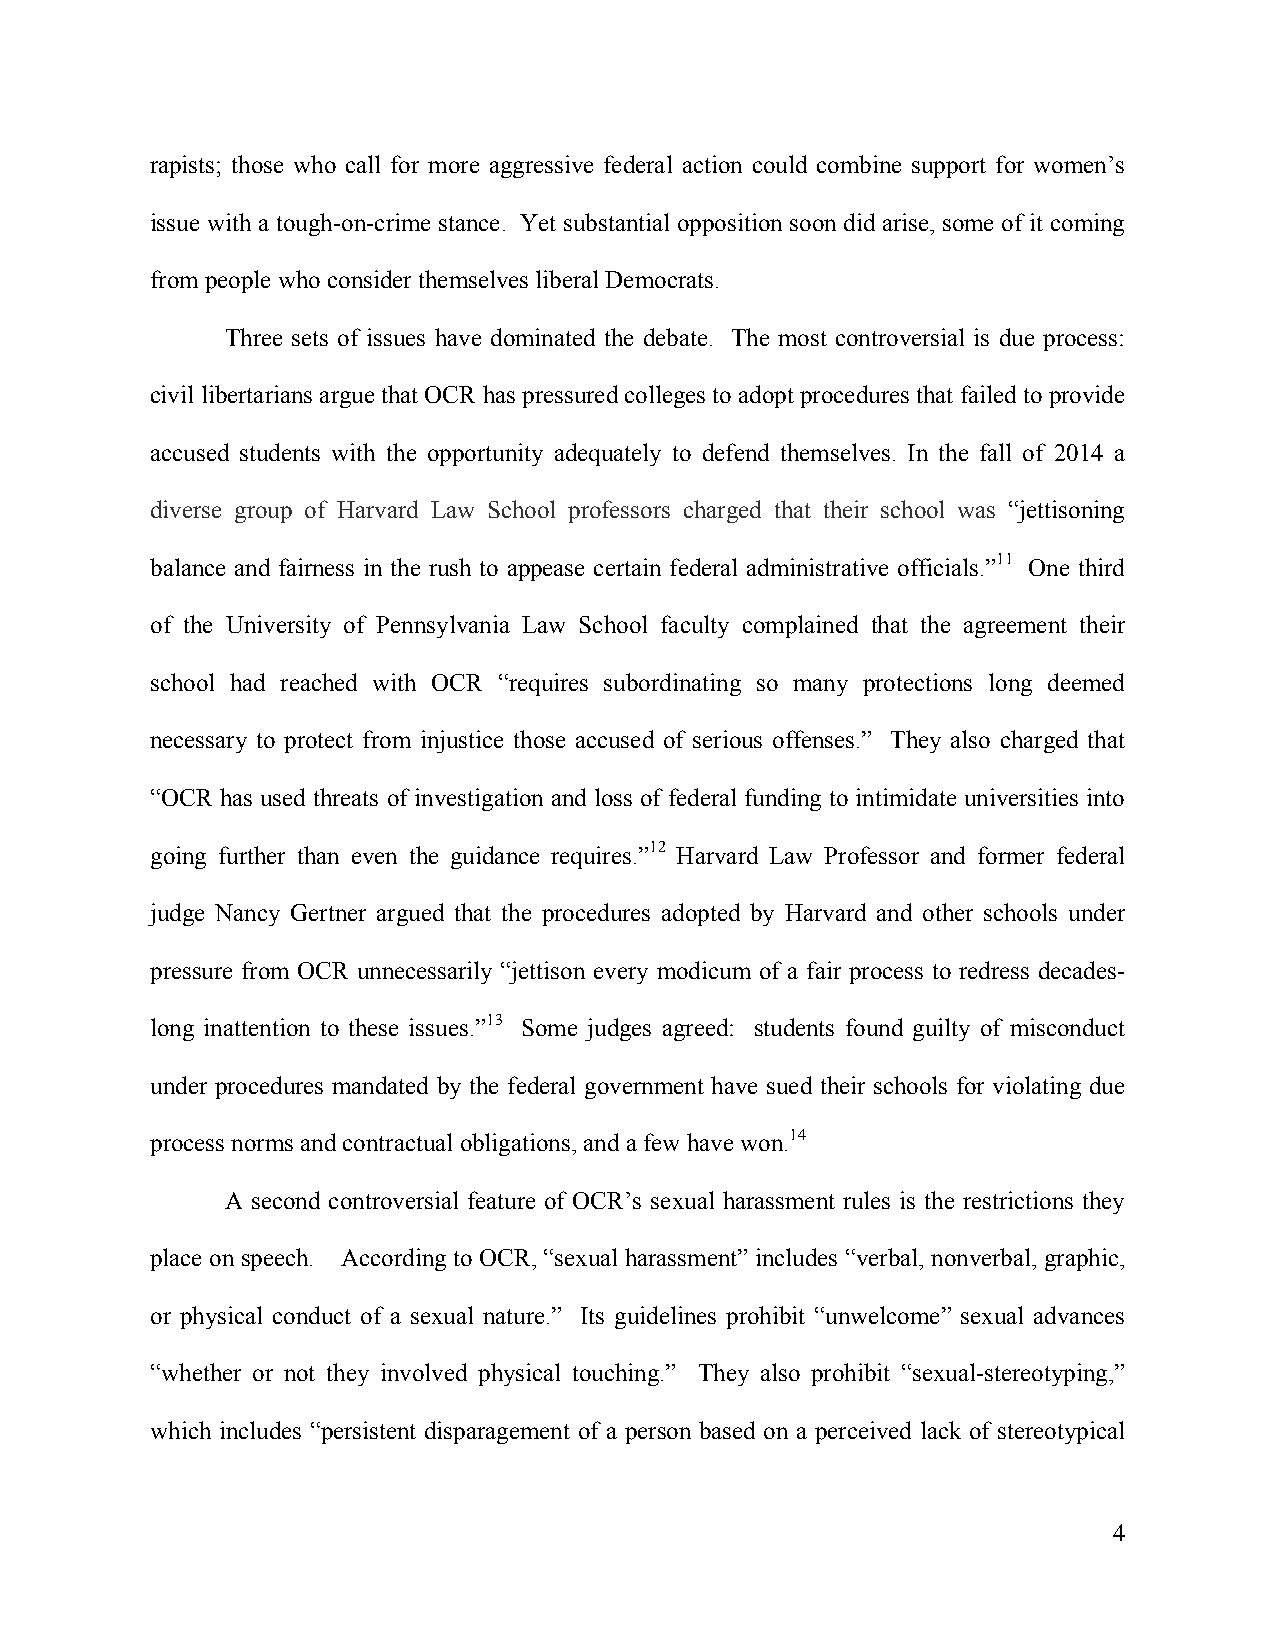
rapists; those who call for more aggressive federal action could combine support for women’s
 issue with a tough-on-crime stance. Yet substantial opposition soon did arise, some of it coming
 from people who consider themselves liberal Democrats.
 Three sets of issues have dominated the debate. The most controversial is due process:
 civil libertarians argue that OCR has pressured colleges to adopt procedures that failed to provide
 accused students with the opportunity adequately to defend themselves. In the fall of 2014 a
 diverse group of Harvard Law School professors charged that their school was “jettisoning
 balance and fairness in the rush to appease certain federal administrative officials.”11 One third
 of the University of Pennsylvania Law School faculty complained that the agreement their
 school had reached with OCR “requires subordinating so many protections long deemed
 necessary to protect from injustice those accused of serious offenses.” They also charged that
 “OCR has used threats of investigation and loss of federal funding to intimidate universities into
 going further than even the guidance requires.”12 Harvard Law Professor and former federal
 judge Nancy Gertner argued that the procedures adopted by Harvard and other schools under
 pressure from OCR unnecessarily “jettison every modicum of a fair process to redress decades-
 long inattention to these issues.”13 Some judges agreed: students found guilty of misconduct
 under procedures mandated by the federal government have sued their schools for violating due
 process norms and contractual obligations, and a few have won.14
 A second controversial feature of OCR’s sexual harassment rules is the restrictions they
 place on speech. According to OCR, “sexual harassment” includes “verbal, nonverbal, graphic,
 or physical conduct of a sexual nature.” Its guidelines prohibit “unwelcome” sexual advances
 “whether or not they involved physical touching.” They also prohibit “sexual-stereotyping,”
 which includes “persistent disparagement of a person based on a perceived lack of stereotypical
 4